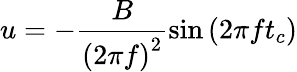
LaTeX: u=-\frac{B}{\left(2\pi f\right)^{2}}\sin{\left(2\pi ft_{c}\right)}